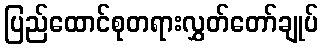
ပြည်ထောင်စုတရားလွှတ်တော်ချုပ်